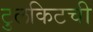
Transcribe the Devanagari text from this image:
टुलकिटची